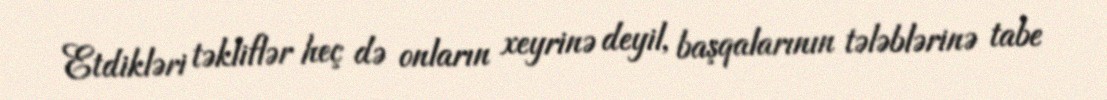
Etdikləri təkliflər heç də onların xeyrinə deyil, başqalarının tələblərinə tabe